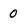
Character: O